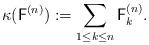
LaTeX: \begin{align*}\kappa(\mathsf{F}^{(n)}) := \sum_{1\le k\le n}\mathsf{F}^{(n)}_k.\end{align*}